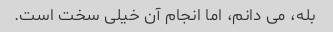
بله، می دانم، اما انجام آن خیلی سخت است.